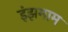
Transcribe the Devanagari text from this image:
इंझमाम